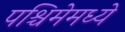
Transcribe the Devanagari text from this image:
पश्चिमेमध्ये